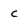
Character: c